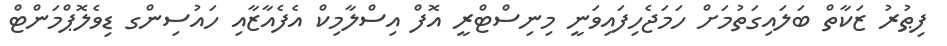
ފިޠުރު ޒަކާތް ބަލައިގަތުމަށް ހަމަޖެހިފައިވަނީ މިނިސްޓްރީ އޮފް އިސްލާމިކް އެފެއާޒާއި ހައުސިންގ ޑިވެލޮޕްމަންޓް